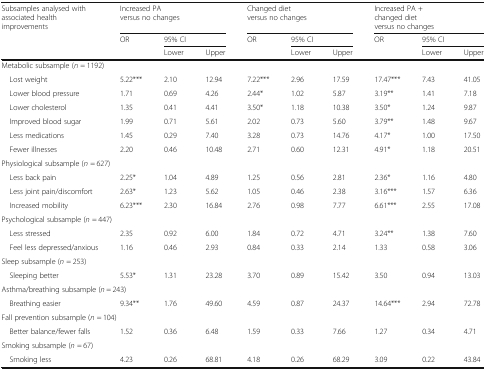
<table><thead><tr><td rowspan="3"><b>Subsamples analysed with associated health improvements</b></td><td colspan="3"><b>Increased PAversus no changes</b></td><td colspan="3"><b>Changed dietversus no changes</b></td><td colspan="3"><b>Increased PA +changed dietversus no changes</b></td></tr><tr><td rowspan="2"><b>OR</b></td><td colspan="2"><b>95% CI</b></td><td rowspan="2"><b>OR</b></td><td colspan="2"><b>95% CI</b></td><td><b>OR</b></td><td colspan="2"><b>95% CI</b></td></tr><tr><td><b>Lower</b></td><td><b>Upper</b></td><td><b>Lower</b></td><td><b>Upper</b></td><td></td><td><b>Lower</b></td><td><b>Upper</b></td></tr></thead><tbody><tr><td colspan="10">Metabolic subsample (<i>n</i> = 1192)</td></tr><tr><td> Lost weight</td><td>5.22***</td><td>2.10</td><td>12.94</td><td>7.22***</td><td>2.96</td><td>17.59</td><td>17.47***</td><td>7.43</td><td>41.05</td></tr><tr><td> Lower blood pressure</td><td>1.71</td><td>0.69</td><td>4.26</td><td>2.44*</td><td>1.02</td><td>5.87</td><td>3.19**</td><td>1.41</td><td>7.18</td></tr><tr><td> Lower cholesterol</td><td>1.35</td><td>0.41</td><td>4.41</td><td>3.50*</td><td>1.18</td><td>10.38</td><td>3.50*</td><td>1.24</td><td>9.87</td></tr><tr><td> Improved blood sugar</td><td>1.99</td><td>0.71</td><td>5.61</td><td>2.02</td><td>0.73</td><td>5.60</td><td>3.79**</td><td>1.48</td><td>9.67</td></tr><tr><td> Less medications</td><td>1.45</td><td>0.29</td><td>7.40</td><td>3.28</td><td>0.73</td><td>14.76</td><td>4.17*</td><td>1.00</td><td>17.50</td></tr><tr><td> Fewer illnesses</td><td>2.20</td><td>0.46</td><td>10.48</td><td>2.71</td><td>0.60</td><td>12.31</td><td>4.91*</td><td>1.18</td><td>20.51</td></tr><tr><td colspan="10">Physiological subsample (<i>n</i> = 627)</td></tr><tr><td> Less back pain</td><td>2.25*</td><td>1.04</td><td>4.89</td><td>1.25</td><td>0.56</td><td>2.81</td><td>2.36*</td><td>1.16</td><td>4.80</td></tr><tr><td> Less joint pain/discomfort</td><td>2.63*</td><td>1.23</td><td>5.62</td><td>1.05</td><td>0.46</td><td>2.38</td><td>3.16***</td><td>1.57</td><td>6.36</td></tr><tr><td> Increased mobility</td><td>6.23***</td><td>2.30</td><td>16.84</td><td>2.76</td><td>0.98</td><td>7.77</td><td>6.61***</td><td>2.55</td><td>17.08</td></tr><tr><td colspan="10">Psychological subsample (<i>n</i> = 447)</td></tr><tr><td> Less stressed</td><td>2.35</td><td>0.92</td><td>6.00</td><td>1.84</td><td>0.72</td><td>4.71</td><td>3.24**</td><td>1.38</td><td>7.60</td></tr><tr><td> Feel less depressed/anxious</td><td>1.16</td><td>0.46</td><td>2.93</td><td>0.84</td><td>0.33</td><td>2.14</td><td>1.33</td><td>0.58</td><td>3.06</td></tr><tr><td colspan="10">Sleep subsample (<i>n</i> = 253)</td></tr><tr><td> Sleeping better</td><td>5.53*</td><td>1.31</td><td>23.28</td><td>3.70</td><td>0.89</td><td>15.42</td><td>3.50</td><td>0.94</td><td>13.03</td></tr><tr><td colspan="10">Asthma/breathing subsample (<i>n</i> = 243)</td></tr><tr><td> Breathing easier</td><td>9.34**</td><td>1.76</td><td>49.60</td><td>4.59</td><td>0.87</td><td>24.37</td><td>14.64***</td><td>2.94</td><td>72.78</td></tr><tr><td colspan="10">Fall prevention subsample (<i>n</i> = 104)</td></tr><tr><td> Better balance/fewer falls</td><td>1.52</td><td>0.36</td><td>6.48</td><td>1.59</td><td>0.33</td><td>7.66</td><td>1.27</td><td>0.34</td><td>4.71</td></tr><tr><td colspan="10">Smoking subsample (<i>n</i> = 67)</td></tr><tr><td> Smoking less</td><td>4.23</td><td>0.26</td><td>68.81</td><td>4.18</td><td>0.26</td><td>68.29</td><td>3.09</td><td>0.22</td><td>43.84</td></tr></tbody></table>